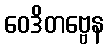
ဝေဒိတဗ္ဗေန